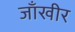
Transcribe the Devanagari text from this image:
जाँखीर